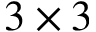
3 \times 3